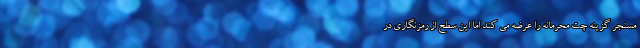
مسنجر گزینه چت محرمانه را عرضه می کند اما این سطح از رمزنگاری در